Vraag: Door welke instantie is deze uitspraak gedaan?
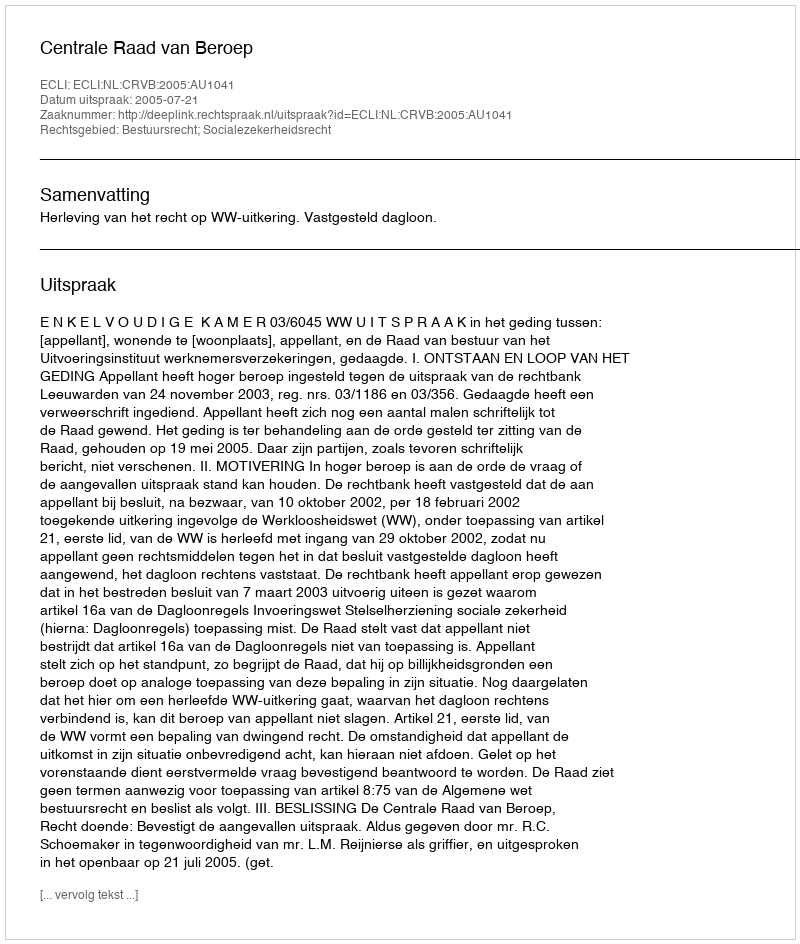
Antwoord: Centrale Raad van Beroep